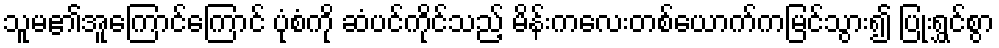
သူမ၏အူကြောင်ကြောင် ပုံစံကို ဆံပင်ကိုင်သည့် မိန်းကလေးတစ်ယောက်ကမြင်သွား၍ ပြုံးရွှင်စွာ